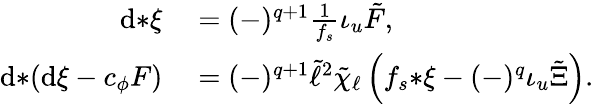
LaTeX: \begin{array}{rl}{\mathrm{d}{*\xi}}&{{}=(-)^{q+1}\frac{1}{f_{s}}\iota_{u}\tilde{F},}\\ {\mathrm{d}{*(\mathrm{d}\xi-c_{\phi}F)}}&{{}=(-)^{q+1}\tilde{\ell}^{2}\tilde{\chi}_{\ell}\left(f_{s}{*\xi}-(-)^{q}\iota_{u}\tilde{\Xi}\right).}\end{array}